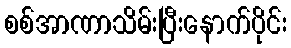
စစ်အာဏာသိမ်းပြီးနောက်ပိုင်း